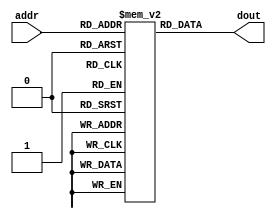
/*
------------------------------------------------------------------- 
--                        ASCII HEX TABLE
--  Hex						Low Hex Digit
-- Value  0   1   2   3   4   5   6   7   8   9   A   B   C   D   E   F
------\----------------------------------------------------------------
--H  2 |  SP  !   "   #   $   %   &   '   (   )   *   +   ,   -   .   /
--i  3 |  0   1   2   3   4   5   6   7   8   9   :   ;   <   =   >   ?
--g  4 |  @   A   B   C   D   E   F   G   H   I   J   K   L   M   N   O
--h  5 |  P   Q   R   S   T   U   V   W   X   Y   Z   [   \   ]   ^   _
--   6 |  `   a   b   c   d   e   f   g   h   i   j   k   l   m   n   o
--   7 |  p   q   r   s   t   u   v   w   x   y   z   {   |   }   ~ DEL
-----------------------------------------------------------------------
*/

module LCD_rom (
	input		[4:0]	addr,
	output	[7:0]	dout
	);
	
	reg [7:0] m [0:31];
	
	assign dout = m[addr];
	
	initial begin
		// Line 1
		m[8'h00] = 8'h20;
		m[8'h01] = 8'h20;
		m[8'h02] = 8'h20;
		m[8'h03] = 8'h20;
		m[8'h04] = 8'h20;
		m[8'h05] = 8'h20;
		m[8'h06] = "J";
		m[8'h07] = 8'h41;	// A
		m[8'h08] = 8'h79; // y
		m[8'h09] = 8'h20;
		m[8'h0a] = 8'h20;
		m[8'h0b] = 8'h20;
		m[8'h0c] = 8'h20;
		m[8'h0d] = 8'h20;
		m[8'h0e] = 8'h20;
		m[8'h0f] = 8'h20;
		// Line 2
		m[8'h10] = 8'h20;
		m[8'h11] = 8'h20;
		m[8'h12] = 8'h20;
		m[8'h13] = 8'h20;
		m[8'h14] = 8'h20;
		m[8'h15] = 8'h20;
		m[8'h16] = 8'h20;
		m[8'h17] = 8'h41;	// B
		m[8'h18] = 8'h20;
		m[8'h19] = 8'h20;
		m[8'h1a] = 8'h20;
		m[8'h1b] = 8'h20;
		m[8'h1c] = 8'h20;
		m[8'h1d] = 8'h20;
		m[8'h1e] = 8'h20;
		m[8'h1f] = 8'h20;
	end
	
endmodule